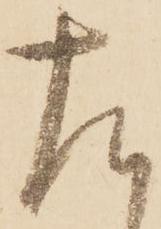
左